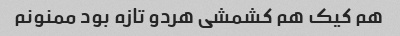
هم کیک هم کشمشی هردو تازه بود ممنونم